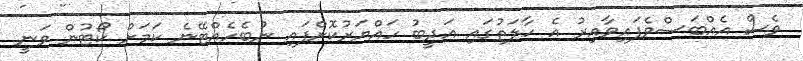
ވެސް އެއްބަސްވެފައިވާއިރު އެ ހާލަތުގައި އަދީބު ހައްޔަރުކޮށްފައި ނުބެހެއްޓޭނެ ކަމަށް ކޯޓުން ވަނީ